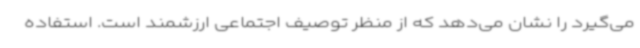
می‌گیرد را نشان می‌دهد که از منظر توصیف اجتماعی ارزشمند است. استفاده